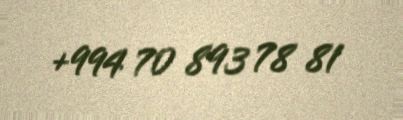
+994 70 893 78 81